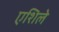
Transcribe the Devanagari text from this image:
एशिले